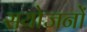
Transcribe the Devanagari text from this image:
सयोजनों